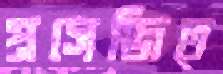
প্রসেজিত্